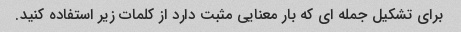
برای تشکیل جمله ای که بار معنایی مثبت دارد از کلمات زیر استفاده کنید.